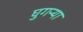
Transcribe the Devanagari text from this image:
घुगऱ्या